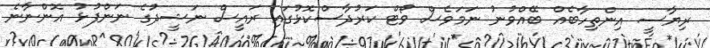
ރިޔާސީ އިންތިހާބެއް ބޭއްވުނު ނަމަވެސް ވޯޓް ކަރުދާސްކޮޅުގައި ރައީސް ނަޝީދުގެ ނަންފުޅު އޮންނާނެ